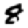
Digit: 8